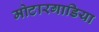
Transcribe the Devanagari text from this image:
मोटारगाडिया